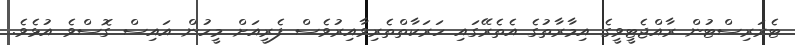
ޓެރަރިސްޓުން ރާއްޖެޓީވީގެ އިމާރާތުގެ އެތެރޭގައި ހަރަކާތްތެރިވާއިރުވެސް ފެރީއަށް މީހުން އައިސް ގޮސްވެ އުޅެވެ.